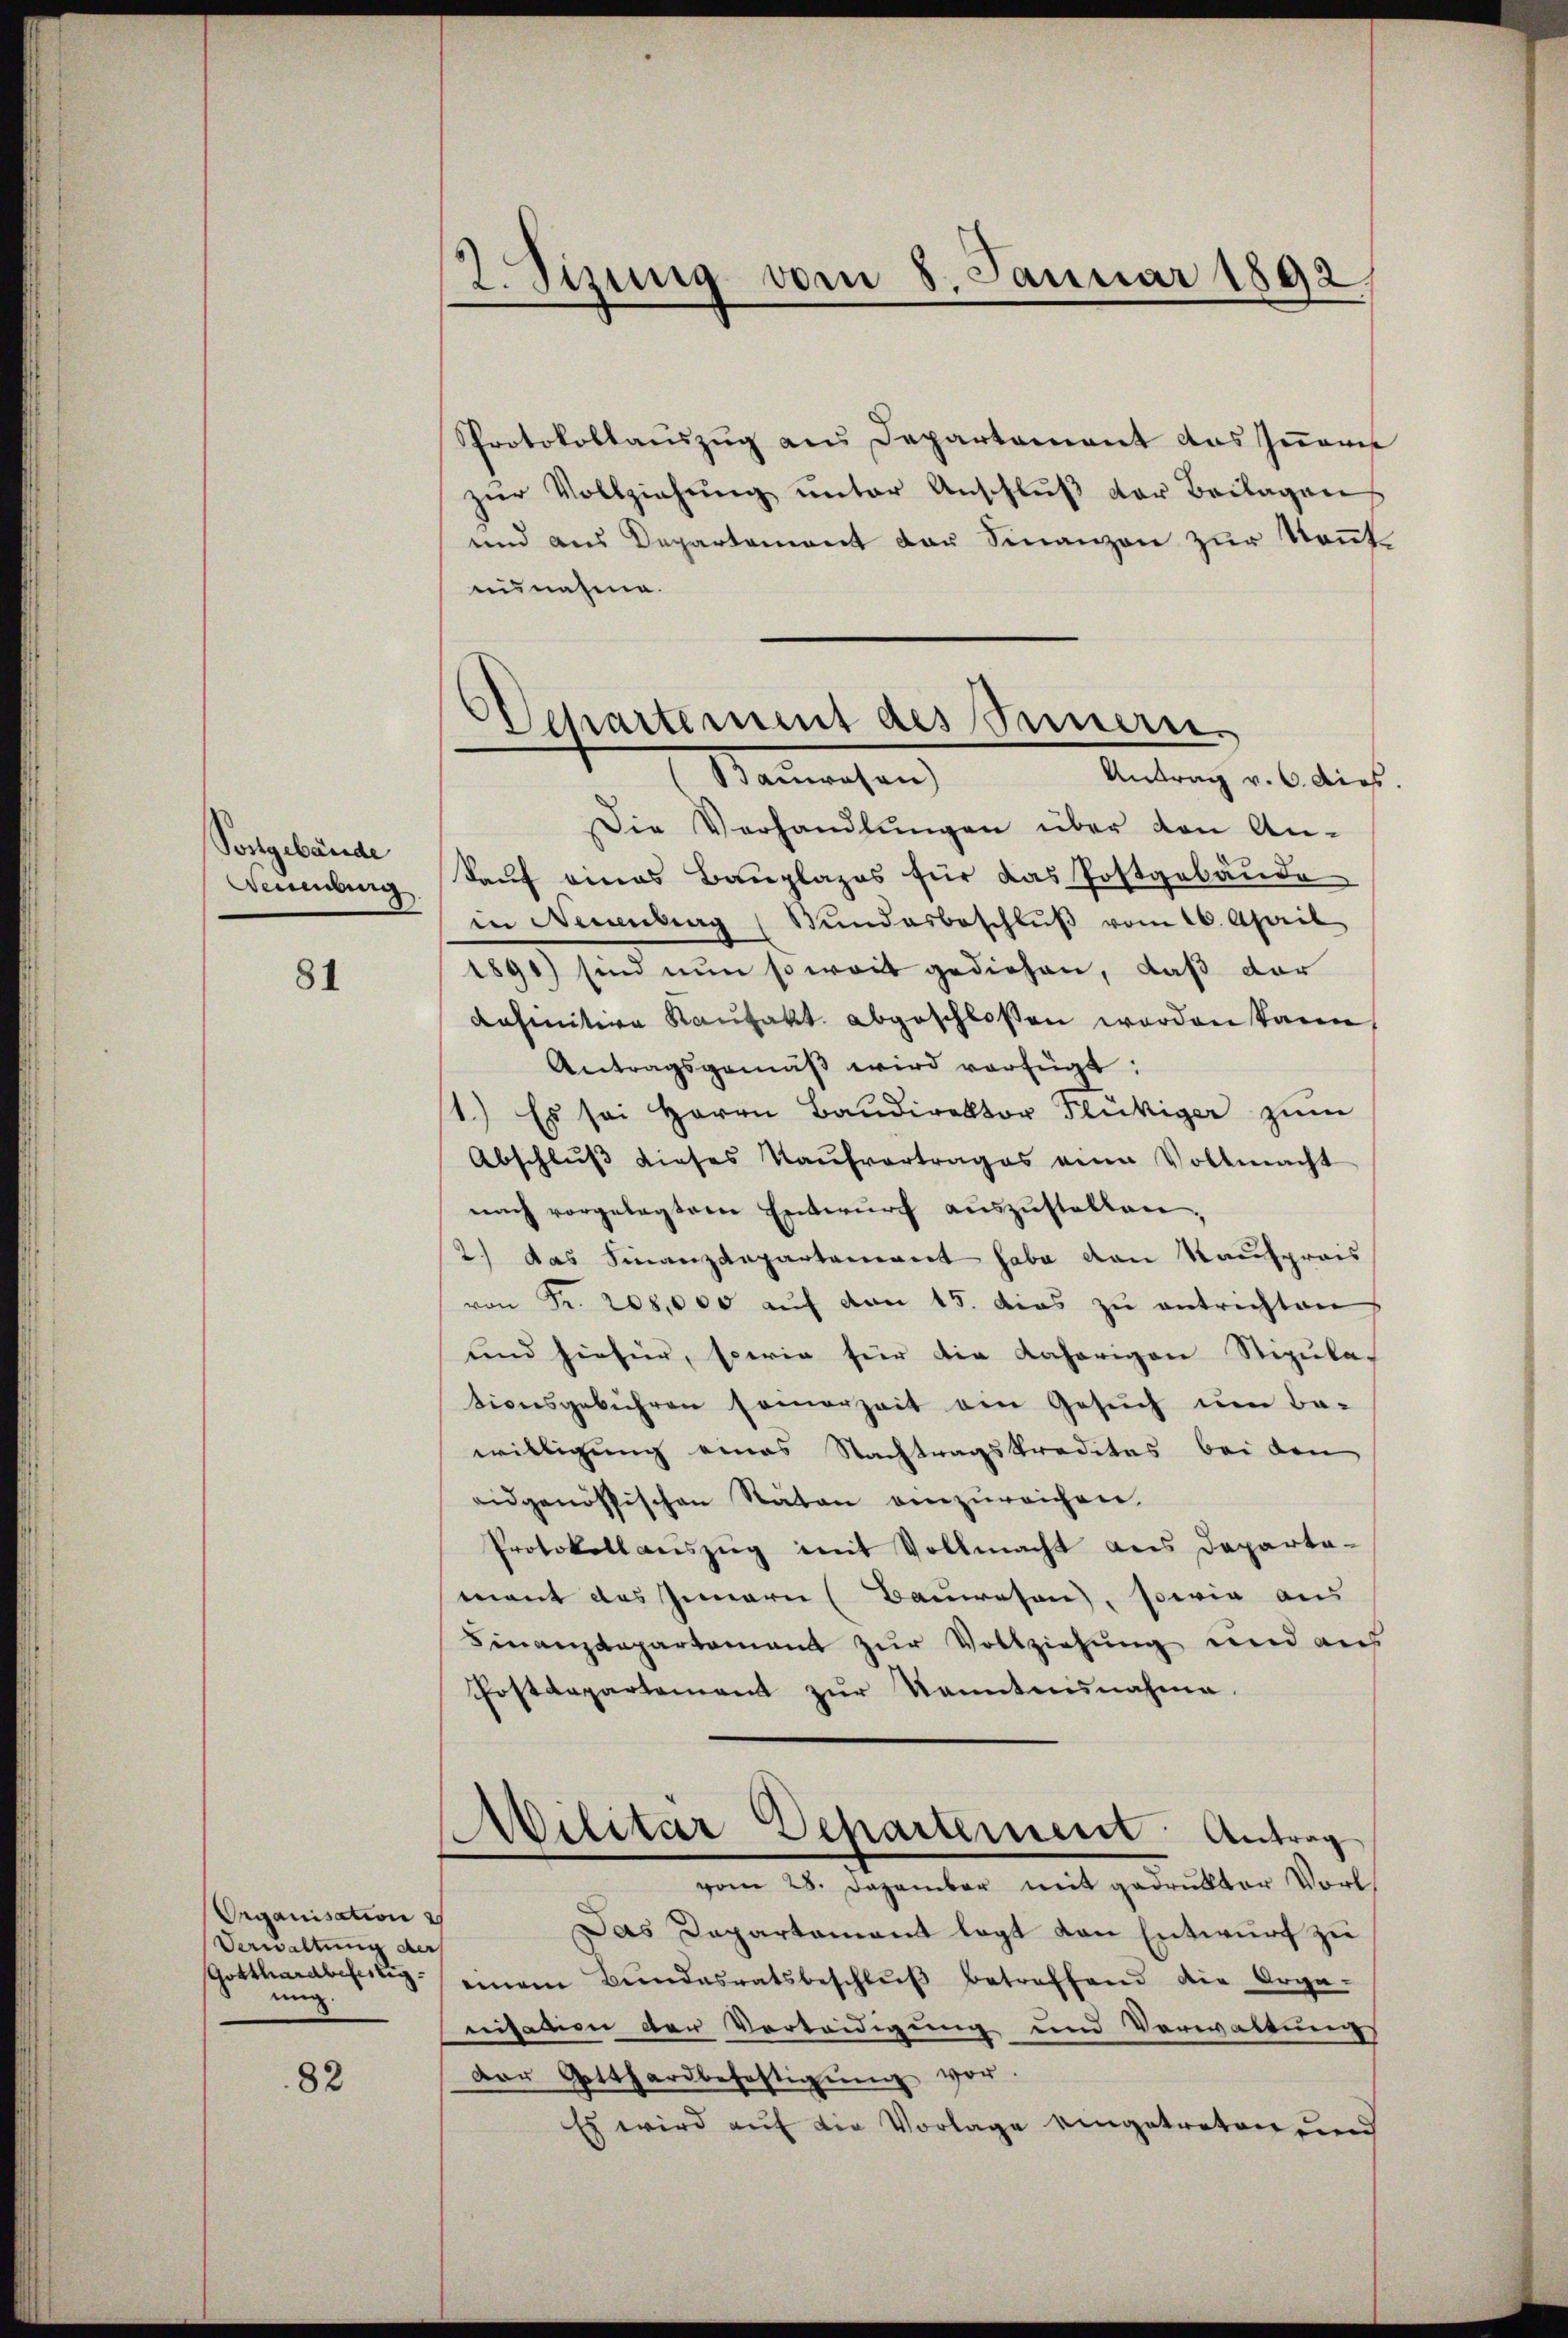
Postgebäude
Benning

81

Organisation
Verwaltung der
Gotthardbefestig
ung.

82

2. Sizung vom 8. Januar 1892

Departement des Semen¬
Sanwesen
Antrag v. 6. dies

Pprotokollauszug aus Departament aus zurei
zur Vollziehung unter Anschluß der Beilagen
und aus Departement der Finanzen zur Kenntuunahme.
Die Verhandlŭngen über den An-
Kauf eines Bauplazes für das Postgebäude
in Neuenburg ( Bŭndesbeschlŭβ vom 26. April
1896) sind nun so weit gediehen, daß dar
definitive Kaŭfakt abgeschlossen worden kann,
Antragsgemäβ wird verfügt:
1.) Es sei Herrn Baŭdirektor Flückiger zŭm
Abschlŭβ dieses Kaŭfvertrages eine Vollmacht
nach vorgelegtem Entwŭrf aŭszŭstellen,
2.) Das Finanzdepartanegert habe den Kaufpreis
von Fr. 208,000 auf von 15. das zu entrichten
und hiefür, sperie für die daherigen Stipula-
tionsgebühren samerzeit den Gesŭch ŭm Ba-
willigung eines Nachtragskreditas bei den
eidgenössischen Räten einzŭreichen.
Protokollauszug mit Vollmacht aus Departa-
mant das Innern (Bauwesen, sowie aus
Finanzdepartement zur Vollziehung und aus
Postdepartement zŭr Kenntnisnahme.
Militar Departement Antrag
vom 28. Dezember mit gedrukter Vorl
Das Departamant legt von Entwurf zu
einem Bŭndesratsbeschlŭβ betreffend die Orga
nisation der Vorteidigung und Verwaltung
der Gotthardbefestigŭng vor.
Es wird auf die Vorlage eingetreten und